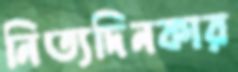
নিত্যদিনকার